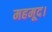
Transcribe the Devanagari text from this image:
महमूद।